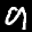
Label: 9